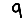
Digit: 9